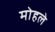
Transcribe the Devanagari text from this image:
माेहले